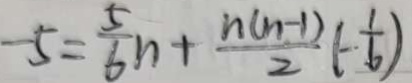
- 5 = \frac { 5 } { 6 } n + \frac { n ( n - 1 ) } { 2 } ( - \frac { 1 } { 6 } )